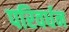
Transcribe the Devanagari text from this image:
परिवर्धन